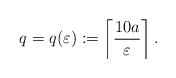
LaTeX: \begin{align*}q=q(\varepsilon):=\left\lceil \frac{10a}{\varepsilon}\right\rceil.\end{align*}